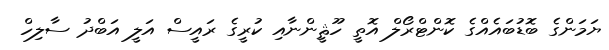
ޔަމަންގެ ބޮޑުބައެއްގެ ކޮންޓްރޯލް އޮތީ ހޫޘީންނާއި ކުރީގެ ރައީސް އަލީ އަބްދު ސާލިހް